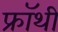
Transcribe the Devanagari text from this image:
फ्रॉथी